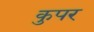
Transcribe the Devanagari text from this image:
कुपर